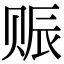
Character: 赈